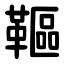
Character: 䩽